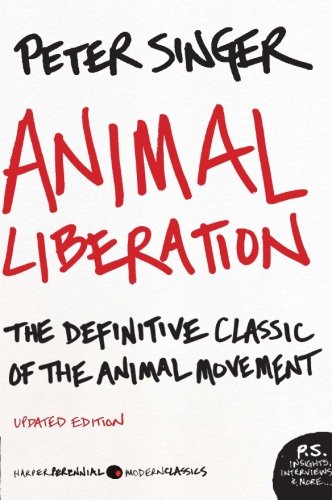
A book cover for Animal Liberation: The Definitive Classic of the Animal Movement; Peter Singer; Science & Math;